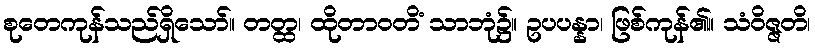
စုတေကုန်သည်ရှိသော်။ တတ္ထ၊ ထိုတာဝတိံ သာဘုံ၌။ ဥပပန္နာ၊ ဖြစ်ကုန်၏။ သံဝိဇ္ဇတိ၊